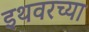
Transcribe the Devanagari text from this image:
इथवरच्या